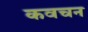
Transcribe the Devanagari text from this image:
कवचन